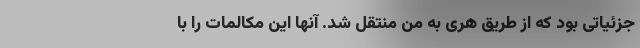
جزئیاتی بود که از طریق هری به من منتقل شد. آنها این مکالمات را با